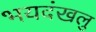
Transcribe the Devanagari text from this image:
भयदंखलु